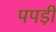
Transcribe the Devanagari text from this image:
पपडी़